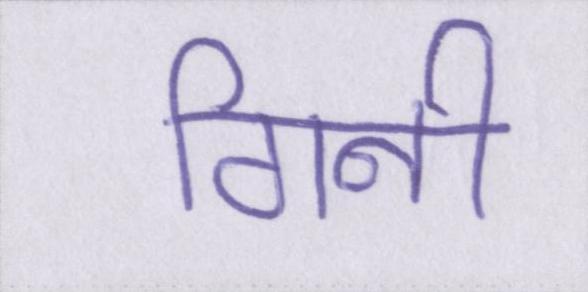
गिनी